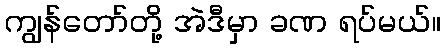
ကျွန်တော်တို့ အဲဒီမှာ ခဏ ရပ်မယ်။